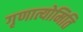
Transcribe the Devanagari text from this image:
गृणात्योमिति